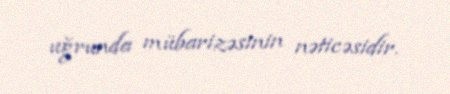
uğrunda mübarizəsinin nəticəsidir.